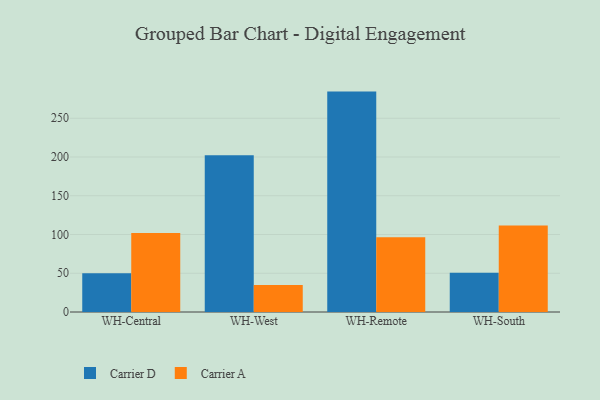
{"axis": {"x": "Warehouse", "y": "Temperature (°C)"}, "legend": ["Carrier A", "Carrier D"], "data": [{"x": "WH-Central", "y": 49.9, "type": "Carrier D"}, {"x": "WH-Central", "y": 101.8, "type": "Carrier A"}, {"x": "WH-West", "y": 202.3, "type": "Carrier D"}, {"x": "WH-West", "y": 34.8, "type": "Carrier A"}, {"x": "WH-Remote", "y": 284.4, "type": "Carrier D"}, {"x": "WH-Remote", "y": 96.4, "type": "Carrier A"}, {"x": "WH-South", "y": 50.5, "type": "Carrier D"}, {"x": "WH-South", "y": 111.7, "type": "Carrier A"}]}